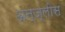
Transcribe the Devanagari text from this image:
अन्ज्लीस